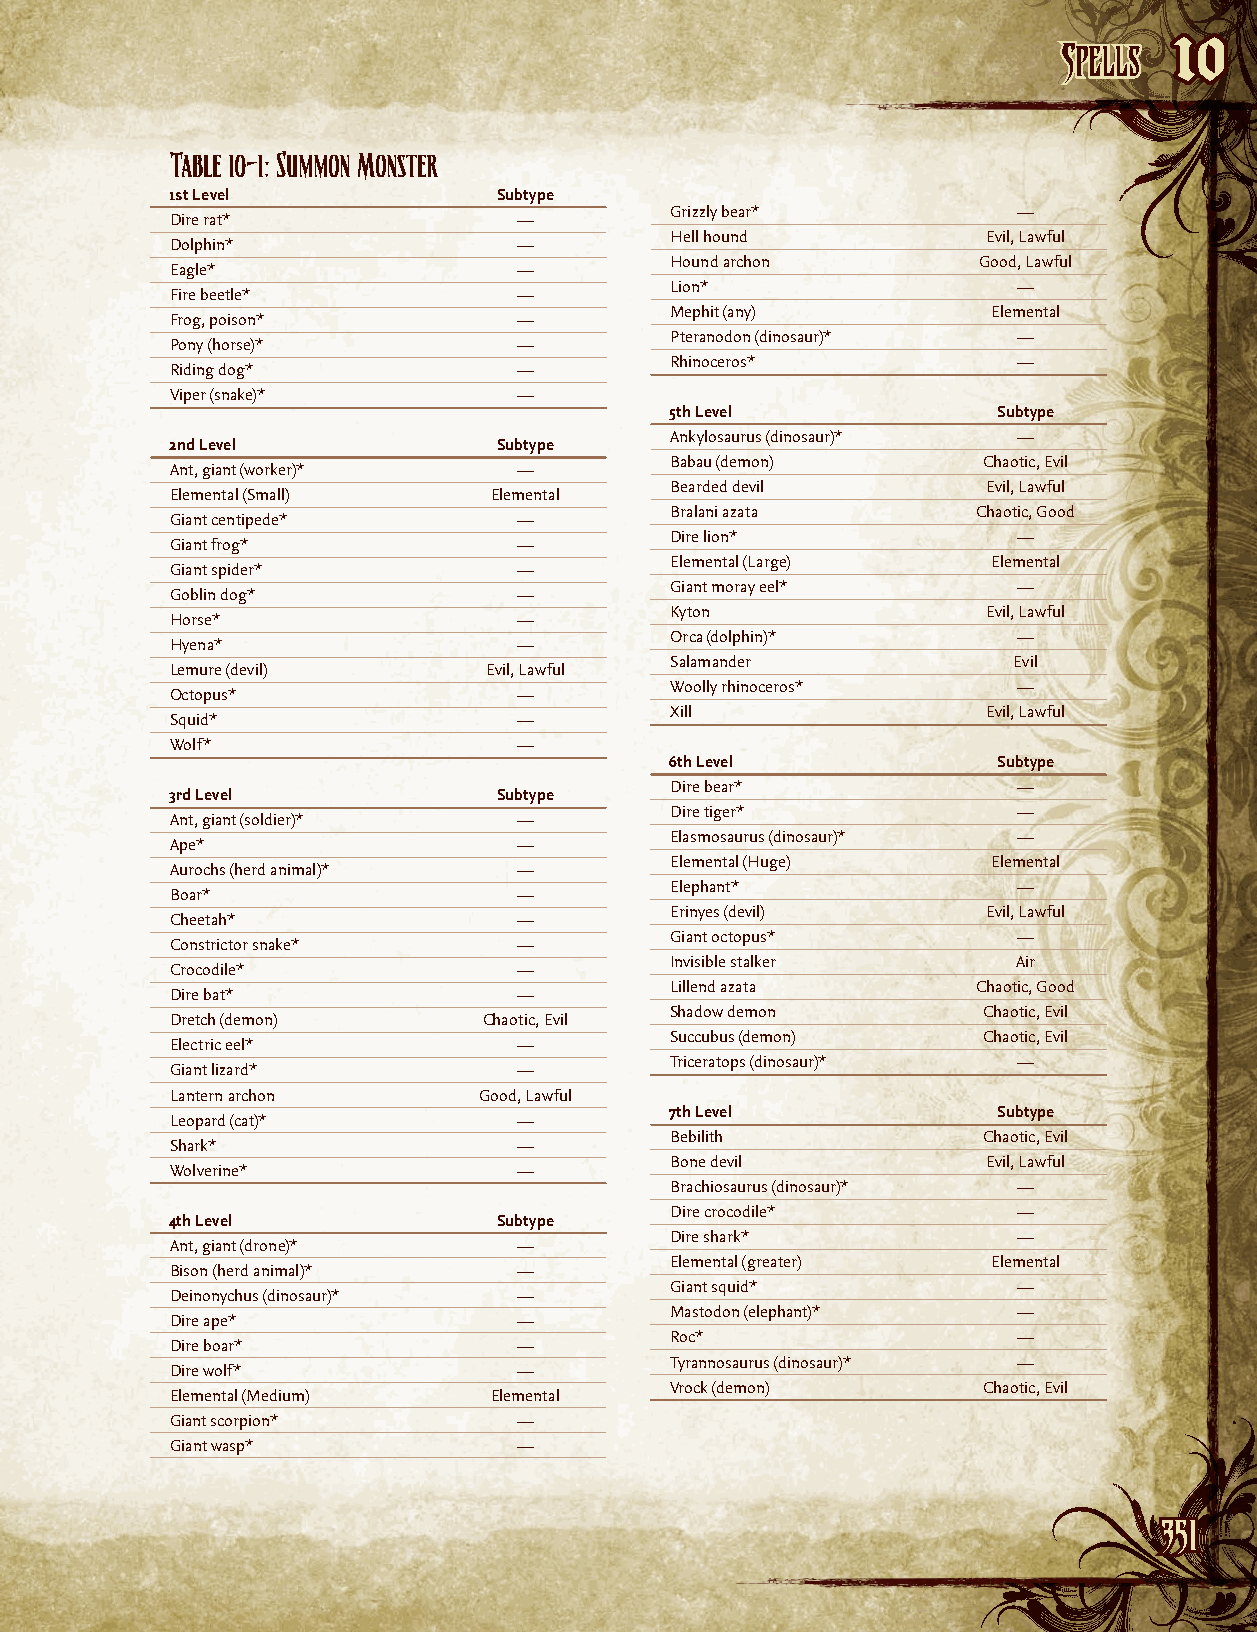
SSppeellllss
 10
 Table 10–1: Summon Monster
 1st Level             Subtype
 Grizzly bear*          —
 Dire rat*              —
 Hell hound           Evil, Lawful
 Dolphin*               —
 Hound archon         Good, Lawful
 Eagle*                 —
 Lion*                  —
 Fire beetle*           —
 Mephit (any)          Elemental
 Frog, poison*          —
 Pteranodon (dinosaur)* —
 Pony (horse)*          —
 Rhinoceros*            —
 Riding dog*            —
 Viper (snake)*         —
 5th Level             Subtype
 Ankylosaurus (dinosaur)* —
 2nd Level             Subtype
 Babau (demon)        Chaotic, Evil
 Ant, giant (worker)*   —
 Bearded devil        Evil, Lawful
 Elemental (Small)    Elemental
 Bralani azata        Chaotic, Good
 Giant centipede*       —
 Dire lion*             —
 Giant frog*            —
 Elemental (Large)     Elemental
 Giant spider*          —
 Giant moray eel*       —
 Goblin dog*            —
 Kyton                Evil, Lawful
 Horse*                 —
 Orca (dolphin)*        —
 Hyena*                 —
 Salamander             Evil
 Lemure (devil)       Evil, Lawful
 Woolly rhinoceros*     —
 Octopus*               —
 Xill                 Evil, Lawful
 Squid*                 —
 Wolf*                  —
 6th Level             Subtype
 Dire bear*             —
 3rd Level             Subtype
 Dire tiger*            —
 Ant, giant (soldier)*  —
 Elasmosaurus (dinosaur)* —
 Ape*                   —
 Elemental (Huge)      Elemental
 Aurochs (herd animal)* —
 Elephant*              —
 Boar*                  —
 Erinyes (devil)      Evil, Lawful
 Cheetah*               —
 Giant octopus*         —
 Constrictor snake*     —
 Invisible stalker      Air
 Crocodile*             —
 Lillend azata        Chaotic, Good
 Dire bat*              —
 Shadow demon         Chaotic, Evil
 Dretch (demon)       Chaotic, Evil
 Succubus (demon)     Chaotic, Evil
 Electric eel*          —
 Triceratops (dinosaur)* —
 Giant lizard*          —
 Lantern archon       Good, Lawful
 7th Level             Subtype
 Leopard (cat)*         —
 Bebilith             Chaotic, Evil
 Shark*                 —
 Bone devil           Evil, Lawful
 Wolverine*             —
 Brachiosaurus (dinosaur)* —
 Dire crocodile*        —
 4th Level             Subtype
 Dire shark*            —
 Ant, giant (drone)*    —
 Elemental (greater)   Elemental
 Bison (herd animal)*   —
 Giant squid*           —
 Deinonychus (dinosaur)* —
 Mastodon (elephant)*   —
 Dire ape*              —
 Roc*                   —
 Dire boar*             —
 Tyrannosaurus (dinosaur)* —
 Dire wolf*             —
 Vrock (demon)        Chaotic, Evil
 Elemental (Medium)   Elemental
 Giant scorpion*        —
 Giant wasp*            —
 335511